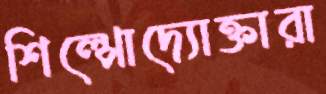
শিল্পোদ্যোক্তারা